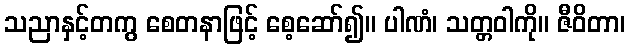
သညာနှင့်တကွ စေတနာဖြင့် စေ့ဆော်၍။ ပါဏံ၊ သတ္တဝါကို။ ဇီဝိတာ၊